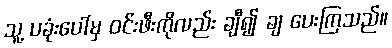
သူ့ ပခုံးပေါ်မှ ဝင်းဖီးကိုလည်း ချီ၍ ချ ပေးကြသည်။